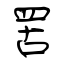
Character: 罟